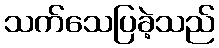
သက်သေပြခဲ့သည်